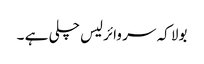
بولا کہ سر وائرلیس چلی ہے ۔